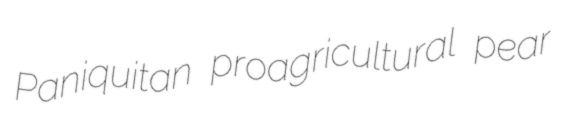
Paniquitan proagricultural pear